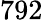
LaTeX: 792